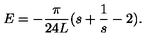
E = - \frac { \pi } { 2 4 L } ( s + \frac { 1 } { s } - 2 ) .